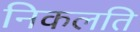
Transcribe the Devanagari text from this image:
निकलति